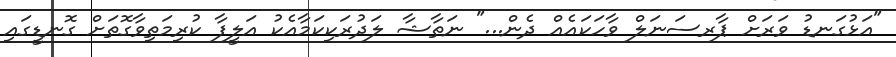
"އަޅުގަނޑު ވަރަށް ޕާރސަނަލް ވާހަކައެއް ދެން..." ނަތާޝާ ލަދުރަކިކަމާއެކު އަލީފާ ކުރިމަތިވާގޮތަށް ގޮނޑީގައި